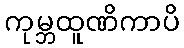
ကုမ္ဘထူဏိကာပိ